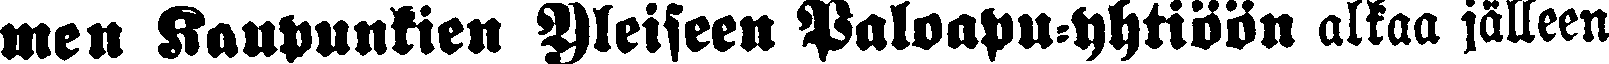
men Kaupunkien Yleiseen Paloapu-yhtiöön alkaa jälleen